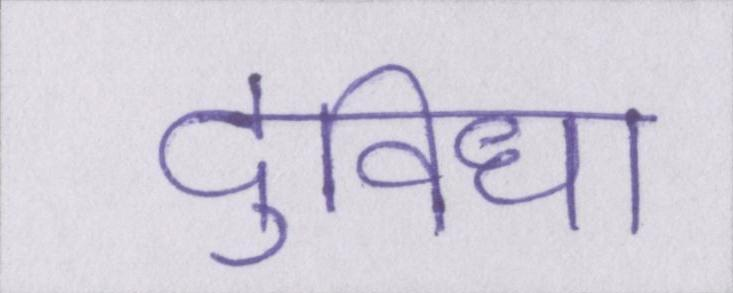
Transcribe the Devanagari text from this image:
दुविधा